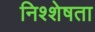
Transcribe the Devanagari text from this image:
निश्शेषता